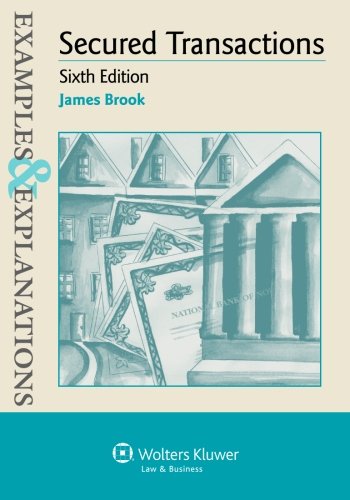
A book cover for Examples & Explanations: Secured Transactions, Sixth Edition; James Brook; Law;